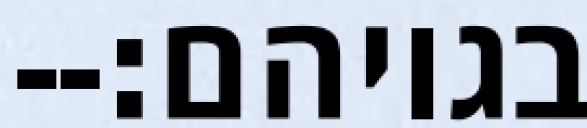
בגויהם׃--